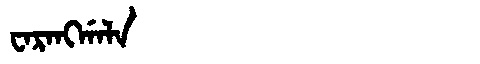
Manchu: ᠸᠠᡵᠠᠩᡤᠠᠯᠠ
Romanization: WARANGGALA